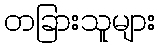
တခြားသူများ